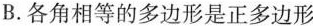
B.各角相等的多边形是正多边形